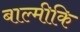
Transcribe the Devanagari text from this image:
बाल्‍मीकि